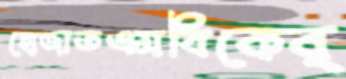
হোজাতএমবিকেব্